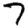
Digit: 7